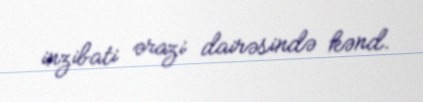
inzibati ərazi dairəsində kənd.